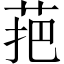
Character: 𱽩